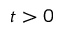
t > 0